Account of plague administration in the Bombay Presidency from September 1896 till May 1897
Year: 1896
Disease focus: Plague
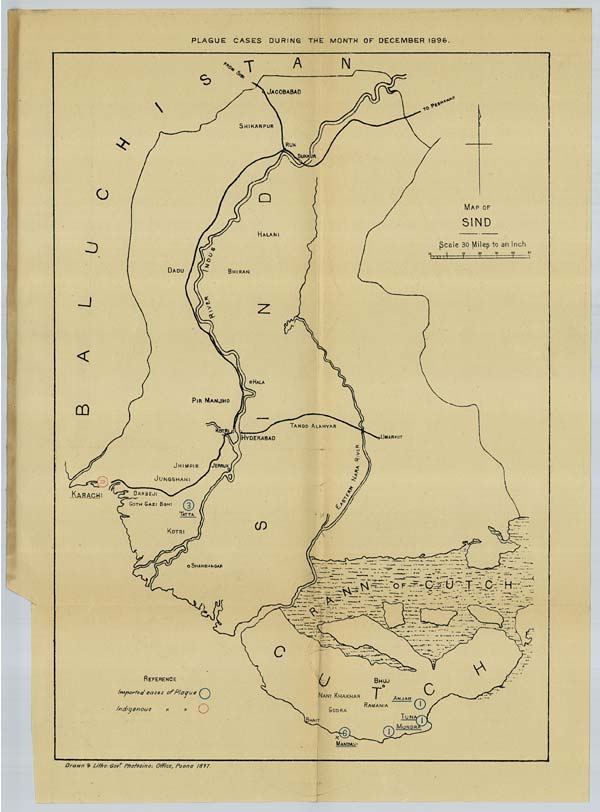
PLAGUE CASES DURING THE MONTH OF DECEMBER 1896.
Drawn & Litho. Govt. Photozinco: Office, Poona 1897.